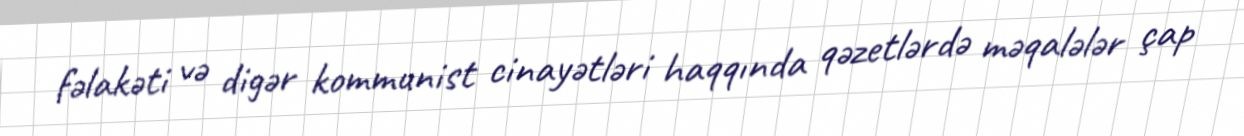
fəlakəti və digər kommunist cinayətləri haqqında qəzetlərdə məqalələr çap